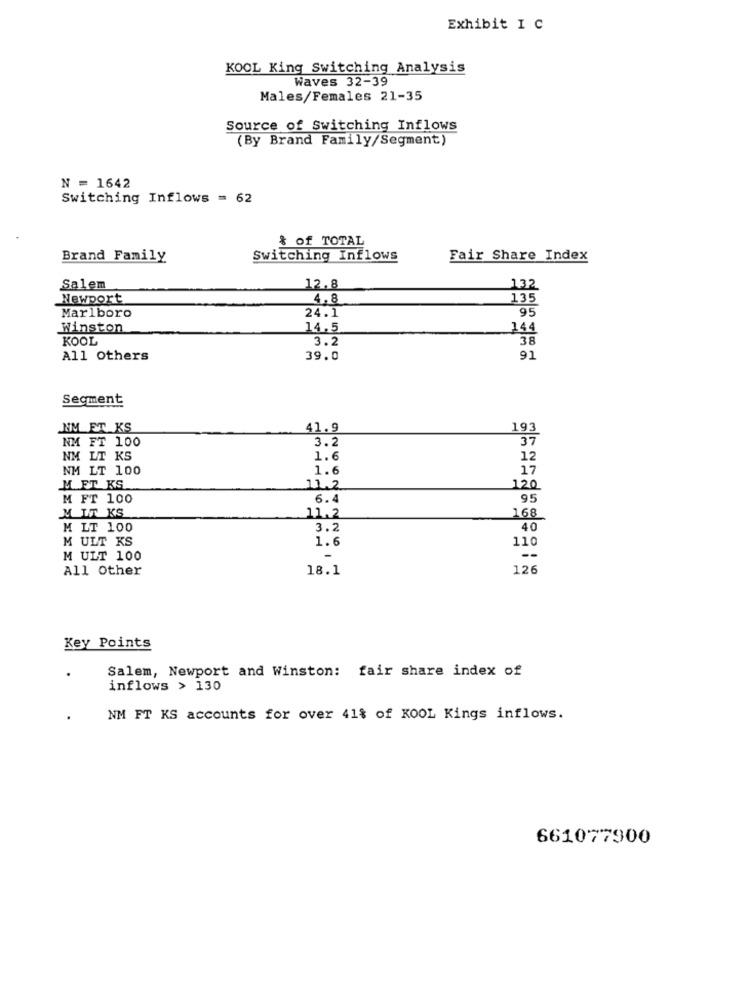
Exhibit I C
KOOL King Switching Analysis
Waves 32-39
Males/Females 21-35
Source of Switching Inflows
(By Brand Family/Segment)
N = 1642
Switching Inflows = 62
% of TOTAL
Brand Family
Switching Inflows
Fair Share Index
Salem
12.8
132
Newport
4,8
135
Marlboro
24.1
95
Winston
14.5
144
KOOL
3.2
38
All Others
39.0
91
Segment
NM ET KS
41.9
193
NM FT 100
3.2
37
NM LT KS
1.6
12
NM LT 100
1.6
17
M ET KS
11.2
120
M FT 100
6.4
95
MIT KS
11.2
168
M LT 100
3.2
40
M ULT KS
1.6
110
M ULT 100
-
--
All Other
18.1
126
Key Points
Salem, Newport and Winston: fair share index of
inflows > 130
NM FT KS accounts for over 41% of KOOL Kings inflows.
661077900